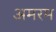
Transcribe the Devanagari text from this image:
अमरम